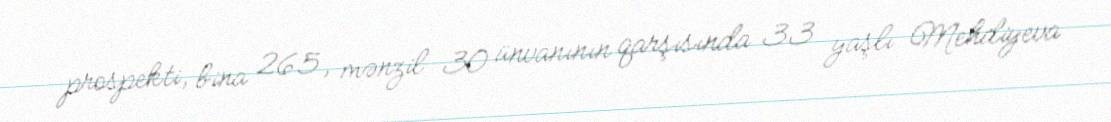
prospekti, bina 265, mənzil 30 ünvanının qarşısında 33 yaşlı Mehdiyeva